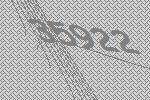
35922